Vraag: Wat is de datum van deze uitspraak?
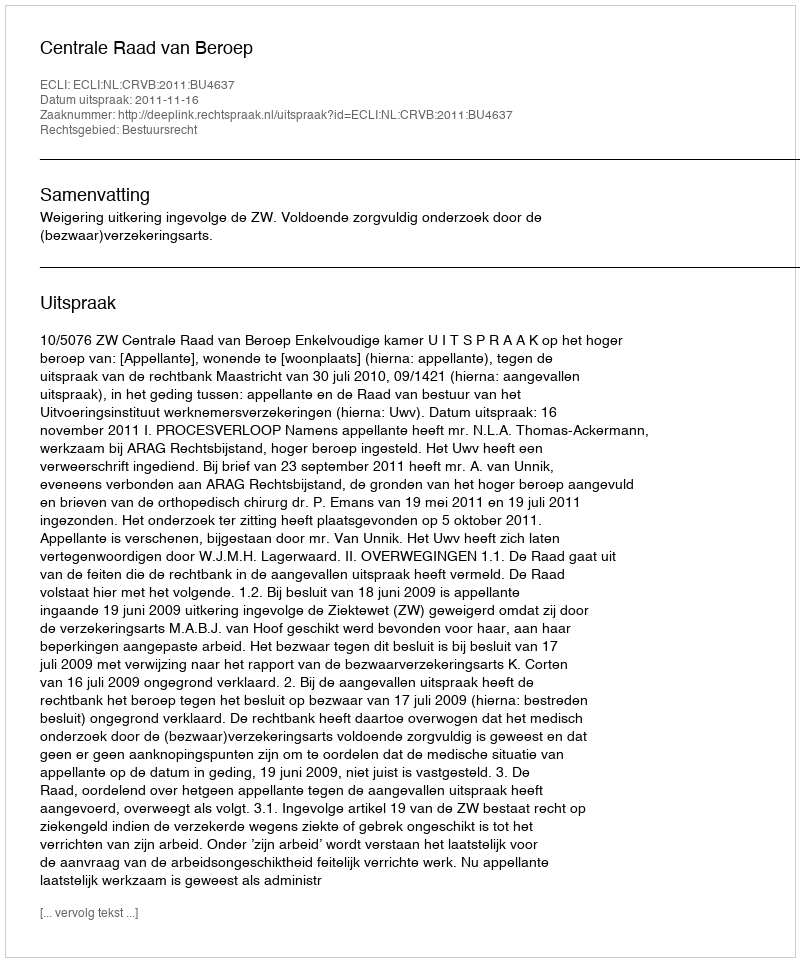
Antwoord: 2011-11-16